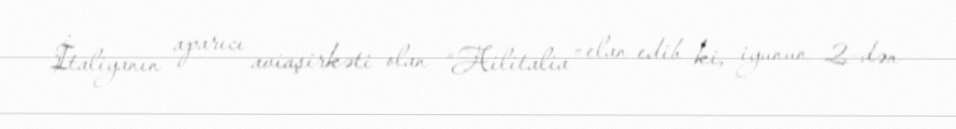
İtaliyanın aparıcı aviaşirkəti olan “Ailitalia” elan edib ki, iyunun 2-dən